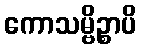
ကောသမ္ဗိဉ္စာပိ